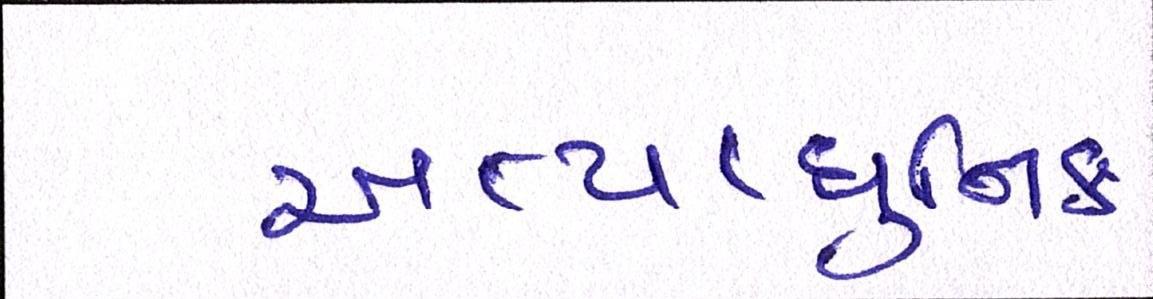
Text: અત્યાધુનિક